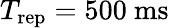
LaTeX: T_{\mathrm{rep}}=500~\mathrm{ms}